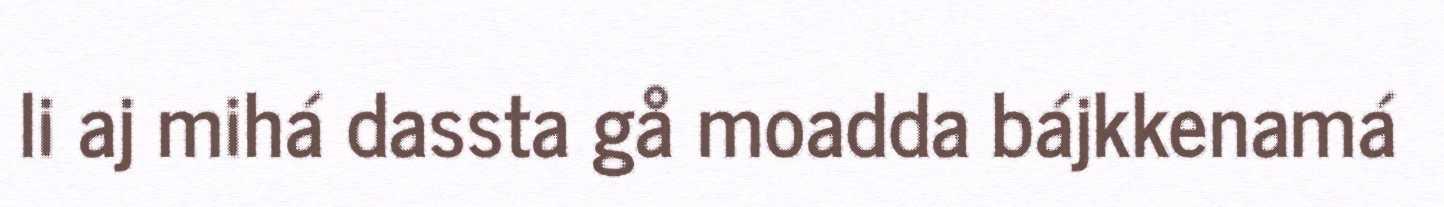
li aj mihá dassta gå moadda bájkkenamá